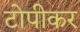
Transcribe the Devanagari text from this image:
टोपीकर